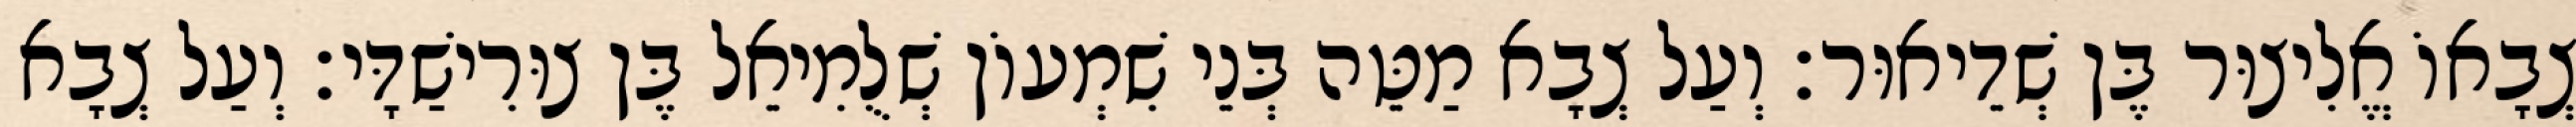
צְבָאוֹ אֱלִיצוּר בֶּן שְׁדֵיאוּר׃ וְעַל צְבָא מַטֵּה בְּנֵי שִׁמְעוֹן שְׁלֻמִיאֵל בֶּן צוּרִישַׁדָּי׃ וְעַל צְבָא